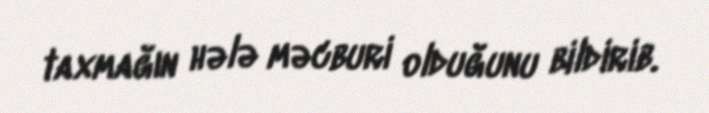
taxmağın hələ məcburi olduğunu bildirib.